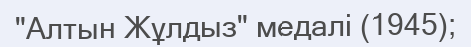
"Алтын Жұлдыз" медалі (1945);